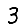
Digit: 3